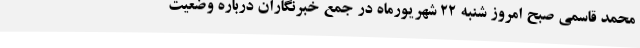
محمد قاسمی صبح امروز شنبه 22 شهریورماه در جمع خبرنگاران درباره وضعیت